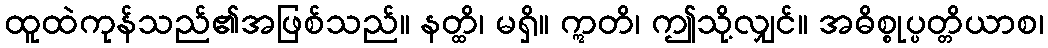
ထူထဲကုန်သည်၏အဖြစ်သည်။ နတ္ထိ၊ မရှိ။ ဣတိ၊ ဤသို့လျှင်။ အဓိစ္စုပ္ပတ္တိယာစ၊